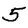
Digit: 5